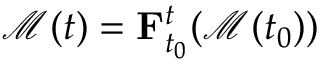
\mathcal { M } ( t ) = \mathbf { F } _ { t _ { 0 } } ^ { t } ( \mathcal { M } ( t _ { 0 } ) )